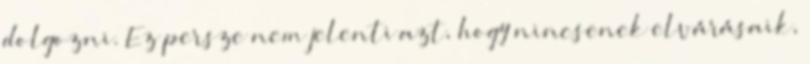
dolgozni. Ez persze nem jelenti azt, hogy nincsenek elvárásaik,